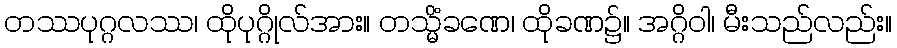
တဿပုဂ္ဂလဿ၊ ထိုပုဂ္ဂိုလ်အား။ တသ္မိံခဏေ၊ ထိုခဏ၌။ အဂ္ဂိဝါ၊ မီးသည်လည်း။